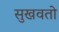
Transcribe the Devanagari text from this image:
सुखवतो